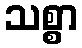
သစ္စာ